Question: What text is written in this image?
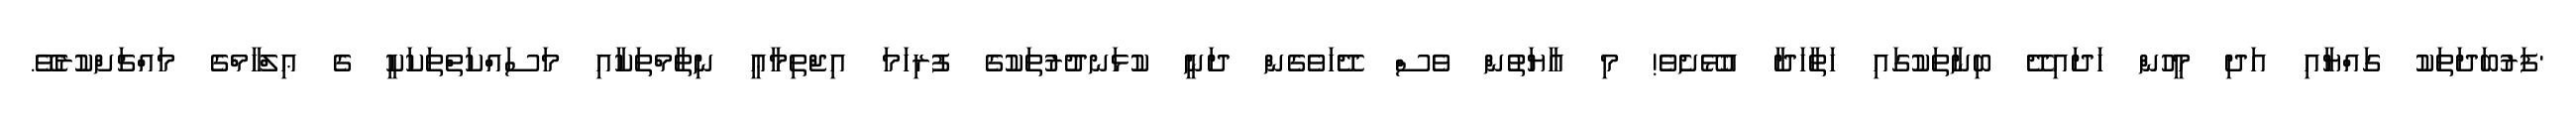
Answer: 'ފަރުބަދަތަކު ގައްޔާއި އަދި މީހުން ހަދައިދޭ ބިނާތަކުގައި ހަތާހަދާ އުޅޭށެވެ! މި އާޔަތުން ވެސް ދޭހަވެގެން ދަނީ ކުޅަނދުރުތަކުގެ ފުރިހަމަ އިޖްތިމާޢީ ނިޡާމްތަކާއި މަސައްކަތްތަކަކީ ގެ ޢިލްހާމްގެ މައްޗަށްކުރެވޭ.